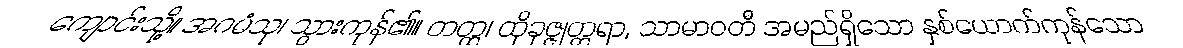
ကျောင်းသို့။ အဂမံသု၊ သွားကုန်၏။ တတ္ထ၊ ထိုခုဇ္ဇုတ္တရာ, သာမာဝတီ အမည်ရှိသော နှစ်ယောက်ကုန်သော